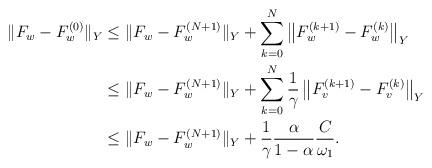
LaTeX: \begin{align*}\|F_w-F_w^{(0)}\|_Y&\leq \|F_w- F_w^{(N+1)}\|_{Y} + \sum_{k=0}^{N}\left\|F_w^{(k+1)} - F_w^{(k)}\right\|_{Y}\\&\leq \|F_w- F_w^{(N+1)}\|_{Y} + \sum_{k=0}^N \frac{1}{\gamma}\left\|F_v^{(k+1)} - F_v^{(k)}\right\|_{Y}\\&\leq \|F_w- F_w^{(N+1)}\|_{Y} +\frac{1}{\gamma}\frac{ \alpha}{1-\alpha} \frac{C}{\omega_1}.\end{align*}